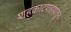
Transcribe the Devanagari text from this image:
शहकाटशहयातून